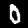
Label: 0